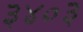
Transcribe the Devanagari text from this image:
३४०३